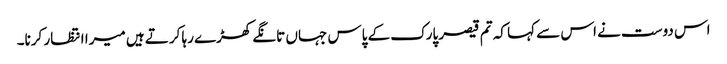
اس دوست نے اس سے کہا کہ تم قیصر پارک کے پاس جہاں تانگے کھڑے رہا کرتے ہیں میرا انتظار کرنا۔